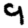
Digit: 9